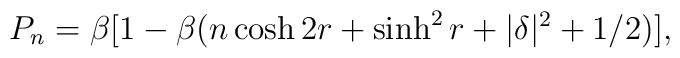
P_{n}=\beta [1-\beta (n\cosh 2r+\sinh ^{2}r+|\delta |^{2}+1/2)],